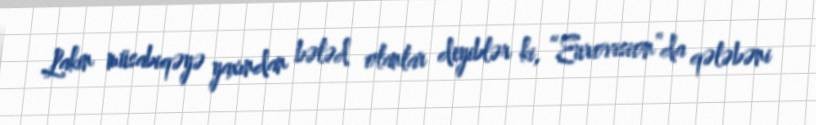
Lakin müsabiqəyə yaxından bələd olanlar deyiblər ki, “Eurovision”da qələbəni